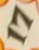
17